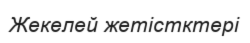
Жекелей жетістктері